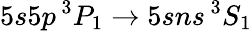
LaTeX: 5s5p\, ^{3}P_{1}\to 5sns\, ^{3}S_{1}